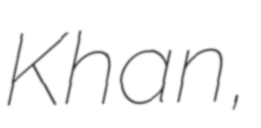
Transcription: Khan,